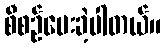
စီစဉ်ပေးခဲ့ပါတယ်။